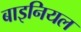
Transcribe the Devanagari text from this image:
बाइनियल